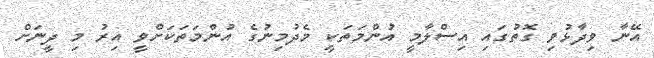
އޭނާ ވިދާޅުވި ގޮތުގައި އިސްލާމީ އުންމަތަކީ މެދުމިނުގެ އުންމަތަކަށްވީ އިރު މި ދީނަށް